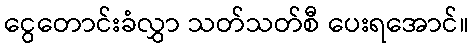
ငွေတောင်းခံလွှာ သတ်သတ်စီ ပေးရအောင်။